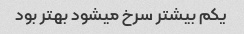
یکم بیشتر سرخ میشود بهتر بود